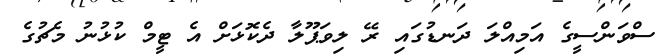
ސްވަންސީގެ އަމިއްލަ ދަނޑުގައި ރޭ ލިވަޕޫލާ ދެކޮޅަށް އެ ޓީމް ކުޅުނު މެޗުގެ